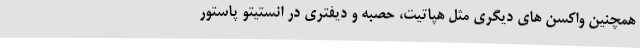
همچنین واکسن های دیگری مثل هپاتیت، حصبه و دیفتری در انستیتو پاستور